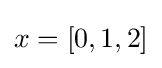
x=[0,1,2]